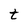
Character: t